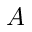
A